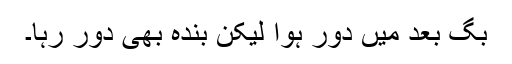
بَگ بعد میں دور ہوا لیکن بندہ بھی دور رہا۔